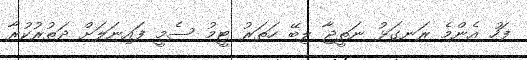
ފަހު އެންމެ ރަނގަޅު ނަތީޖާ ލިބޭ ހަތަރު ޓީމު ސެމީ ފައިނަލަށް ދަތުރުކުރާ